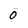
Character: 0